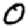
Digit: 0